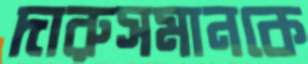
দারুসমানকে